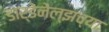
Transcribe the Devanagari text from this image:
डार्डेनेल्झच्या